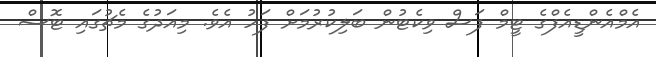
އެމްއެންޑީއެފްގެ ޓީމް ފަސް ވިކެޓުން ބަލިކުރުމަށް ފަހު އެވެ. މިއަދުގެ މެޗުގައި ޓޮސް